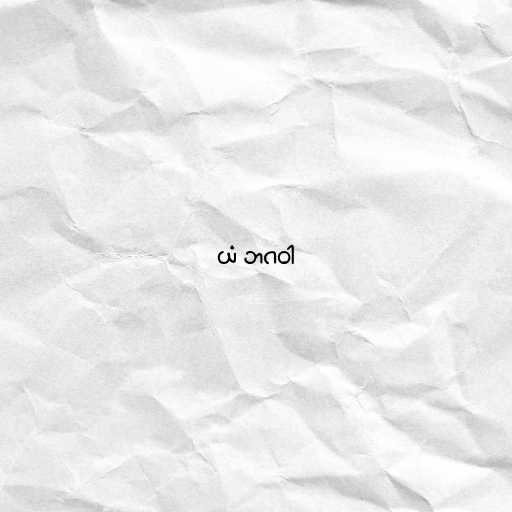
ယံ ဘဂဝါ